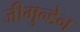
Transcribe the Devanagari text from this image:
जीमुन्डेन